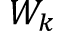
W _ { k }